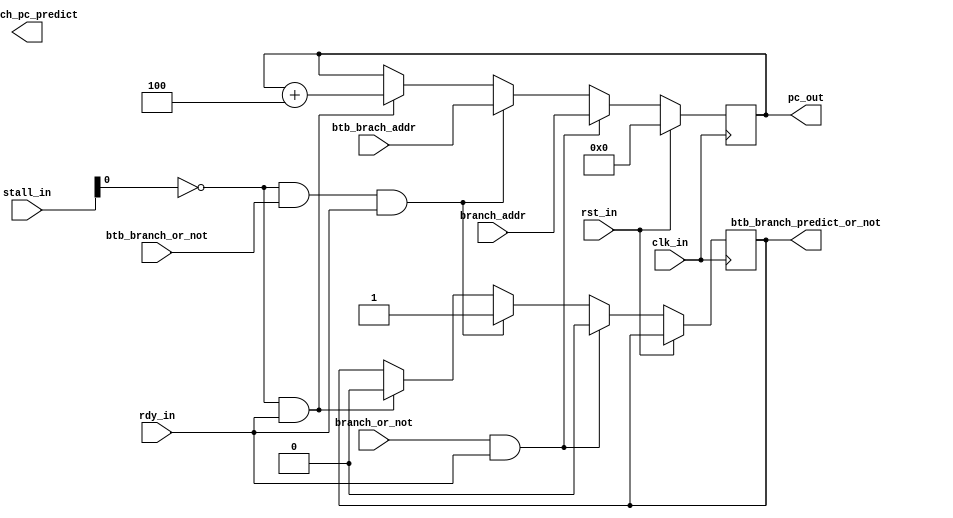

module pc #(
parameter INDEX_LEN   = 7,
parameter ICACHE_SIZE =128

) (
    input  wire     clk_in,
    input  wire     rst_in,
    input  wire     rdy_in, 


    //from btb
    input wire btb_branch_or_not,
    input wire[31:0] btb_brach_addr,
    //to if
    output reg btb_branch_predict_or_not, 


    //from stall ctrl
    input  wire[5:0] stall_in,
    //from ex
    input  wire branch_or_not,
    input wire[31:0] branch_addr,
    //to if
    output  reg[31:0] branch_pc_predict,
    output reg [31:0]    pc_out

);


wire[31:0] pc_nxt=pc_out+4;

always @(posedge clk_in) begin
    if (!rst_in==1) begin
if (branch_or_not==1&&rdy_in==1) begin
btb_branch_predict_or_not<=0;
            pc_out<=branch_addr;
        end
    else if (stall_in[0]==0&&btb_branch_or_not==1&&rdy_in==1) begin
        pc_out<=btb_brach_addr;
        btb_branch_predict_or_not<=1;
        
    end
     
        else if(stall_in[0]==0&&rdy_in==1) begin
btb_branch_predict_or_not<=0;
            pc_out<=pc_out+4'h4;
        end
        else begin           
        end       
    end
    else
        begin
        pc_out<=0; 
        end
    end
endmodule //pc